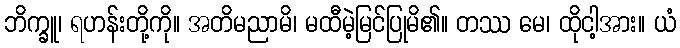
ဘိက္ခူ၊ ရဟန်းတို့ကို။ အတိမညာမိ၊ မထီမဲ့မြင်ပြုမိ၏။ တဿ မေ၊ ထိုငါ့အား။ ယံ